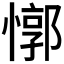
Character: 𰒈